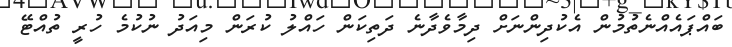
ބައްޕައެއްނެތުމުން އެކުދިންނަށް ދިމާވެދާނެ ދަތިކަން ހައްލު ކުރަން މިއަދު ނުކުމެ ހުރީ ތުއްޓޭ